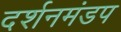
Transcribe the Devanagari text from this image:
दर्शनमंडप